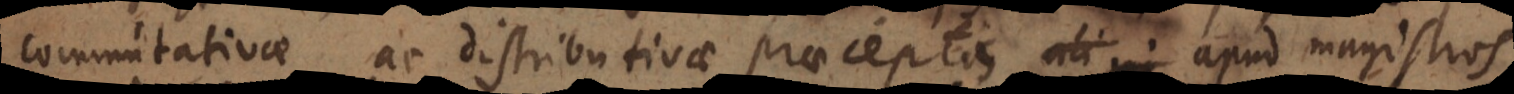
commutativae ac distributivae praeceptis apud magistros